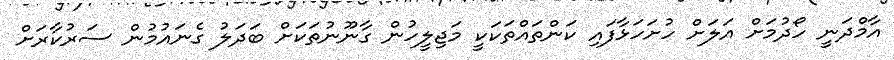
އާމްދަނީ ހޯދުމަށް އަލަށް ހުށަހަޅާފައި ކަންތައްތަކަކީ މަޖިލީހުން ގާނޫނުތަކަށް ބަދަލު ގެނައުމުން ސަރުކާރަށް